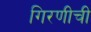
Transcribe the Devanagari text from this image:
गिरणीची